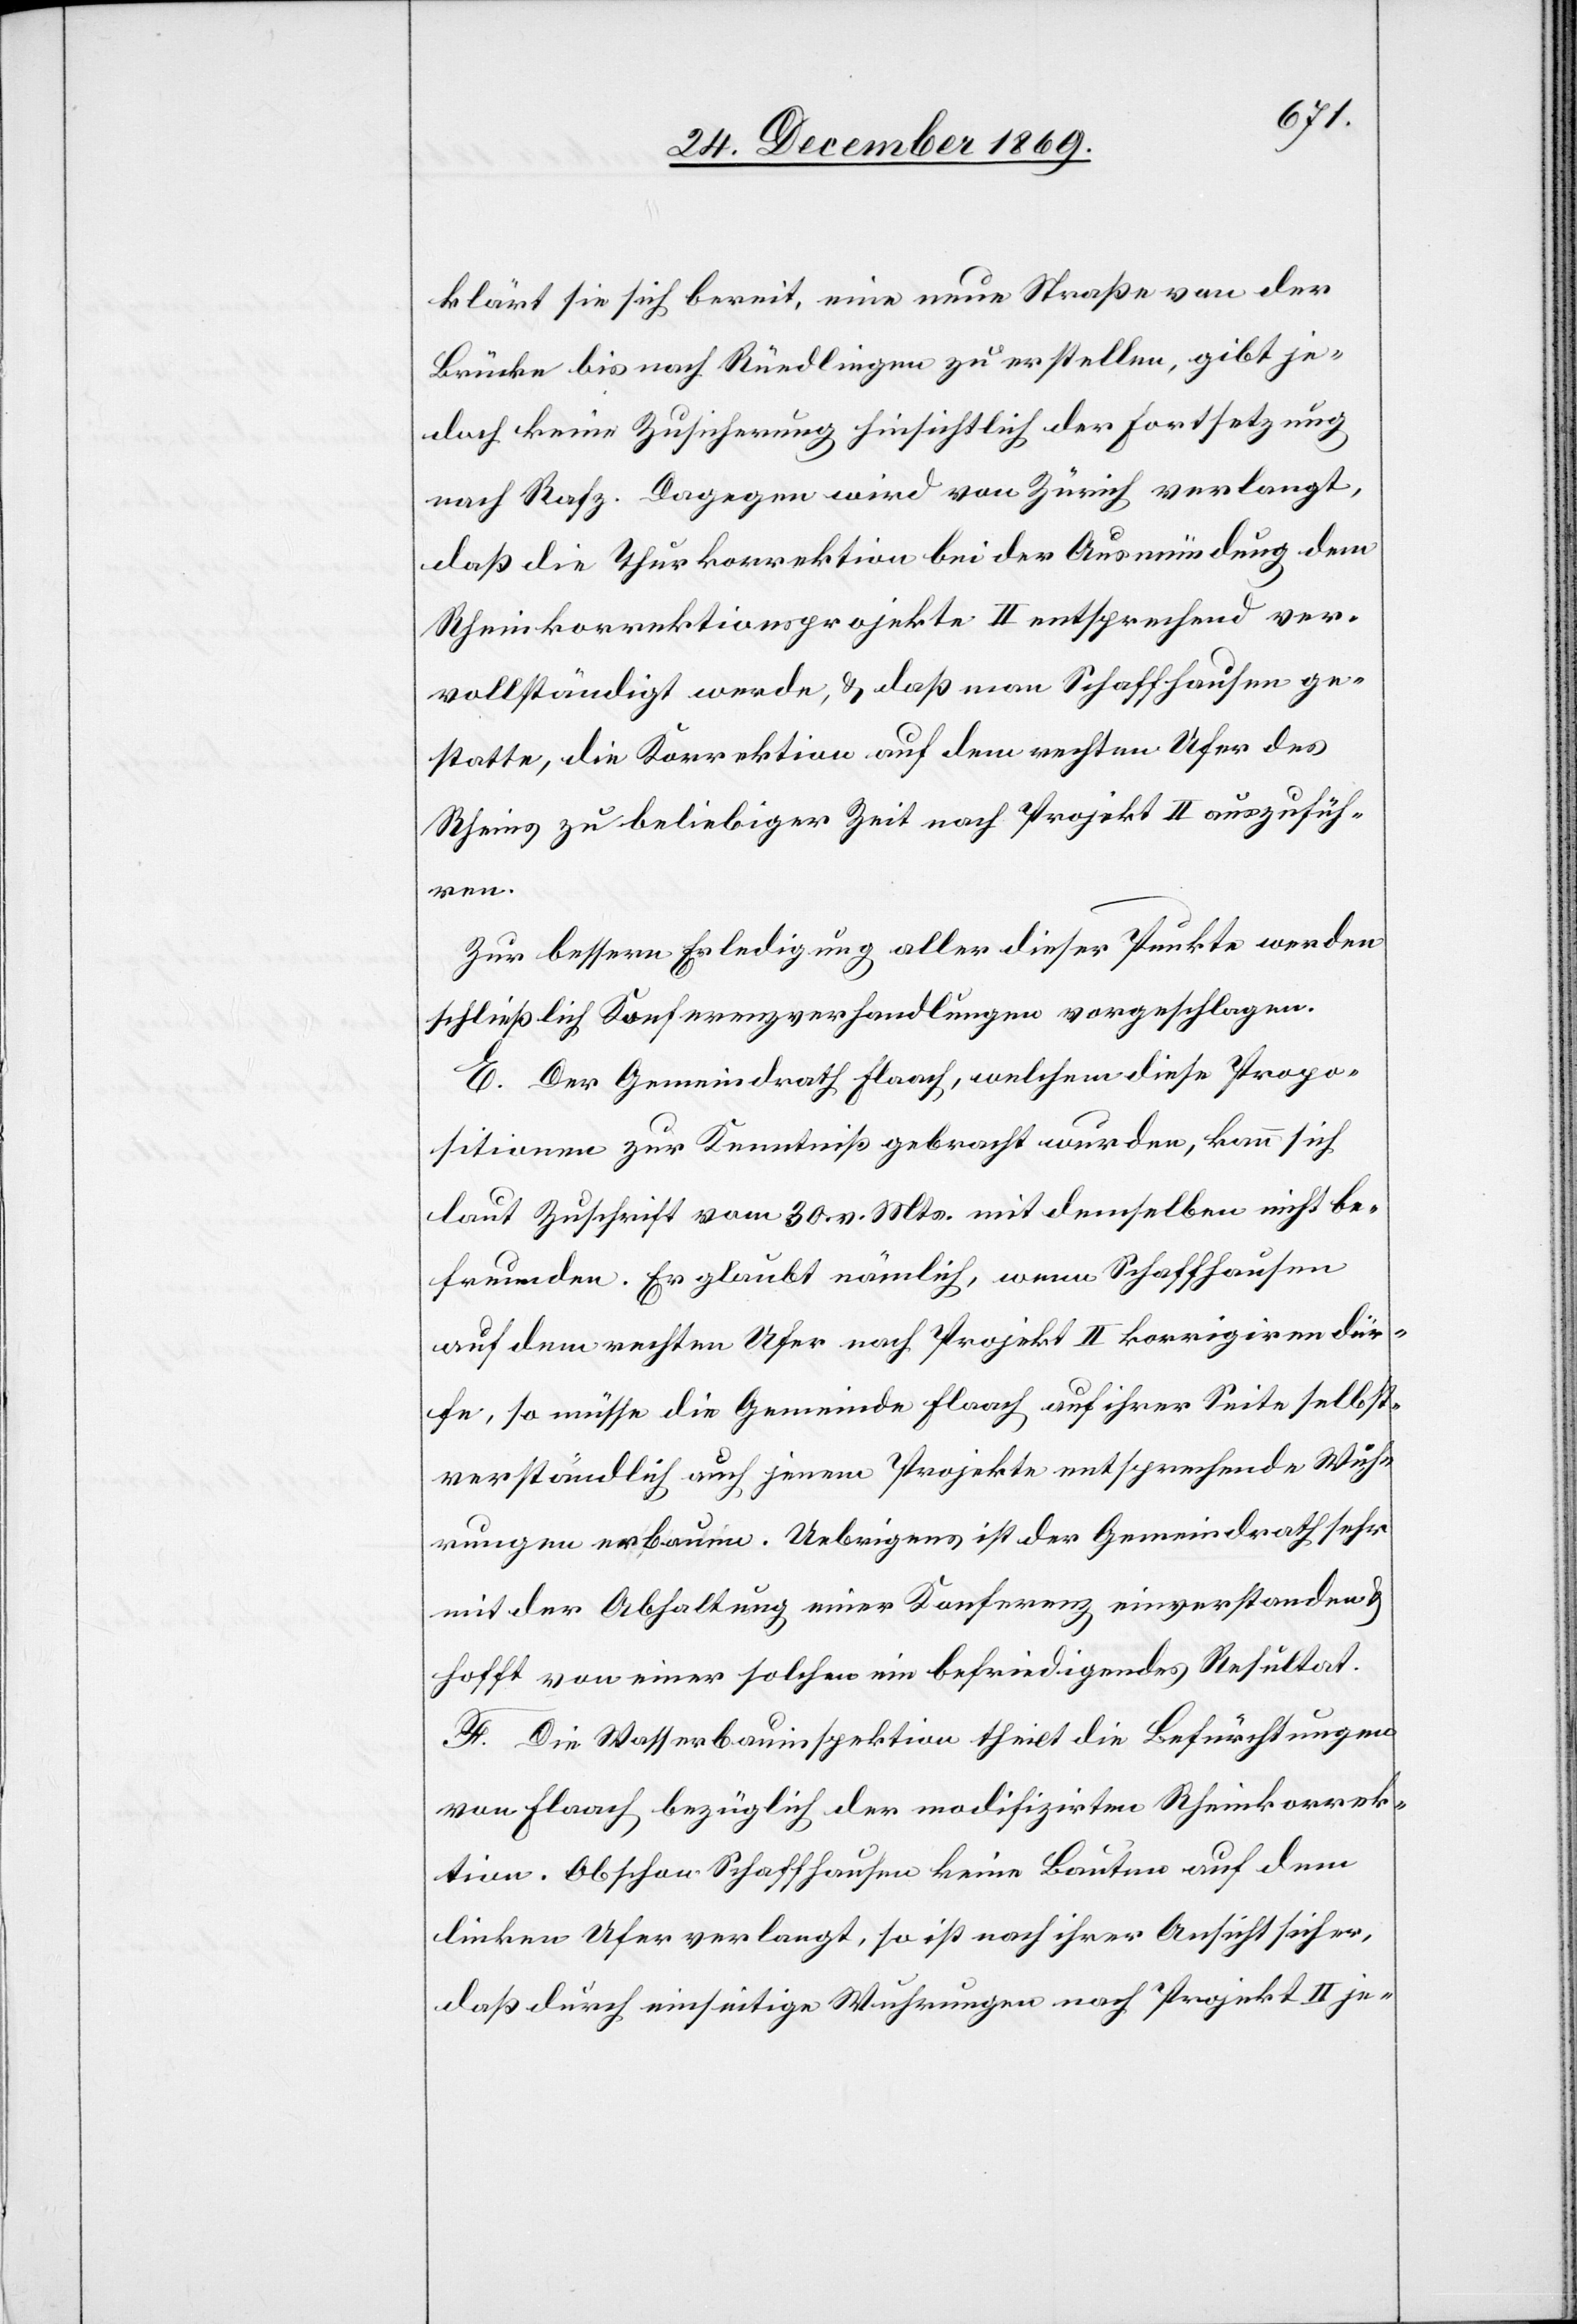
klärt sie sich bereit, eine neue Straße von der
Brücke bis nach Rüedlingen zu erstellen, gibt je¬
doch keine Zusicherung hinsichtlich der Fortsetzung
nach Rafz. Dagegen wird von Zürich verlangt,
daß die Thurkorrektion bei der Ausmündung dem
Rheinkorrektionsprojekte II entsprechend ver¬
vollständigt werde, & daß man Schaffhausen ge¬
statte, die Korrektion auf dem rechten Ufer des
Rheins zu beliebiger Zeit nach Projekt II auszufüh¬
ren.
Zur bessern Erledigung aller dieser Punkte werden
schließlich Konferenzverhandlungen vorgeschlagen.
E. Der Gemeindrath Flaach, welchem diese Propo¬
sitionen zur Kenntniß gebracht wurden, kann sich
laut Zuschrift vom 30. v. Mts. mit demselben nicht be¬
freunden. Er glaubt nämlich, wenn Schaffhausen
auf dem rechten Ufer nach Projekt II korrigiren dür¬
fe, so müsse die Gemeinde Flaach auf ihrer Seite selbst¬
verständlich auch jenem Projekte entsprechende Wuh¬
rungen erbauen. Uebrigens ist der Gemeindrath sehr
mit der Abhaltung einer Konferenz einverstanden &
hofft von einer solchen ein befriedigendes Resultat.
F. Die Wasserbauinspektion theilt die Befürchtungen
von Flaach bezüglich der modifizirten Rheinkorrek¬
tion. Obschon Schaffhausen keine Bauten auf dem
linken Ufer verlangt, so ist nach ihrer Ansicht sicher,
daß durch einseitige Wuhrungen nach Projekt II je-